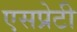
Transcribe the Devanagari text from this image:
एसप्रेटी